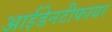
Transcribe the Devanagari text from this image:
आईडेनटीफायर